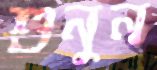
শুনুন